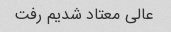
عالی معتاد شدیم رفت